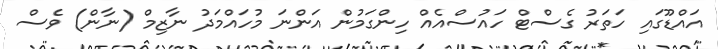
އައްޑޫގައި ހަތަރު ގެސްޓް ހައުސްއެއް ހިންގަމުން އަންނަ މުހައްމަދު ނާޒިމް (ނާން) ވެސް